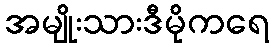
အမျိုးသားဒီမိုကရေ